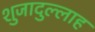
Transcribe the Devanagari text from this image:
शुजादुल्लाह